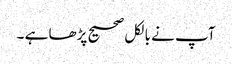
آپ نے بالکل صحیح پڑھا ہے ۔